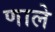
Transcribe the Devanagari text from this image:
णाले